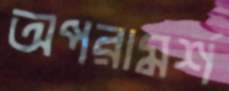
অপরামর্শ